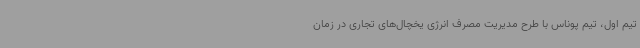
تیم اول، تیم پوناس با طرح مدیریت مصرف انرژی یخچال‌های تجاری در زمان